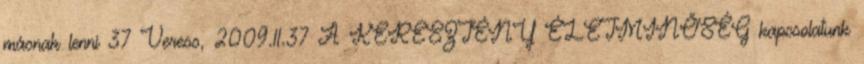
másnak lenni 37 Veress, 2009.11.37 A KERESZTÉNY ÉLETMINŐSÉG kapcsolatunk